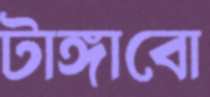
টাঙ্গাবো